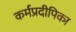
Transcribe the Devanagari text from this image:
कर्मप्रदीपिका